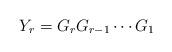
LaTeX: \begin{align*} Y_r = G_r G_{r-1} \cdots G_1\end{align*}